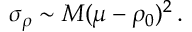
\sigma _ { \rho } \sim M ( \mu - \rho _ { 0 } ) ^ { 2 } \, .